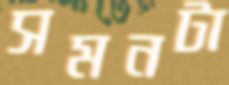
সমনটা